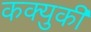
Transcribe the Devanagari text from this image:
कक्युकी